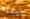
تسمية